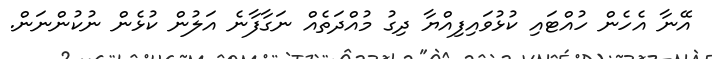
އޭނާ އެހެން ހުއްޓައި ކުޅުވައިފިއްޔާ ދިގު މުއްދަތެއް ނަގާފާނެ އަލުން ކުޅެން ނުކުންނަން.